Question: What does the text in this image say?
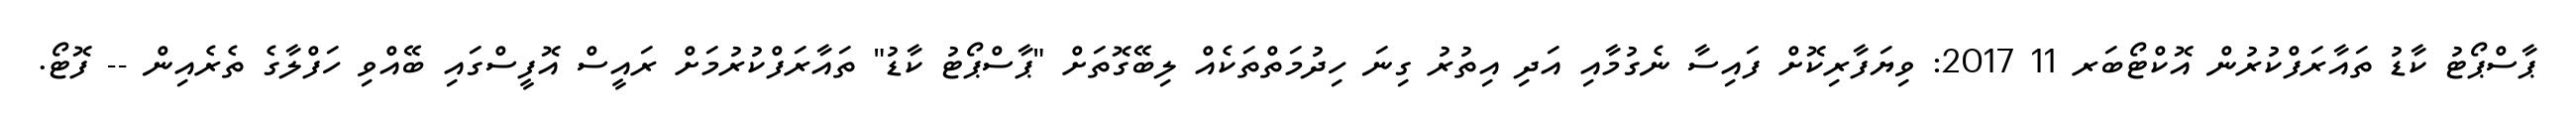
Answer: ޕާސްޕޯޓު ކާޑު ތައާރަފްކުރުން އޮކްޓޯބަރ 11 2017: ވިޔަފާރިކޮށް ފައިސާ ނެގުމާއި އަދި އިތުރު ގިނަ ހިދުމަތްތަކެއް ލިބޭގޮތަށް "ޕާސްޕޯޓު ކާޑު" ތައާރަފްކުރުމަށް ރައީސް އޮފީސްގައި ބޭއްވި ހަފްލާގެ ތެރެއިން -- ފޮޓޯ.